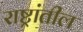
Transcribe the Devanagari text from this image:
राष्ट्रांतील